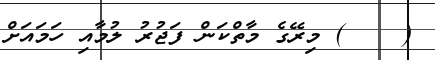
(    ) މިރޭގެ މާތްކަން ފަޖުރު ލުމާއި ހަމައަށް